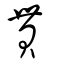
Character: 貫